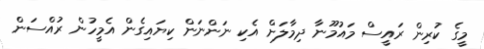
މީގެ ކުރިން ރައީސް މައުމޫނާ ދިމާލަށް އެކި ނަންނަން ކިޔައިގެން އެމީހުން ރުއްސަން